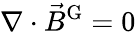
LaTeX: \nabla\cdot{\vec{B}}^{\mathrm{G}}=0